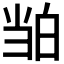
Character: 𬐉